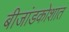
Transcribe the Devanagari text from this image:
बीजांडकोशात